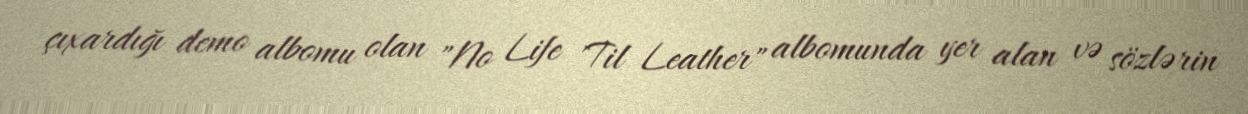
çıxardığı demo albomu olan "No Life 'Til Leather" albomunda yer alan və sözlərin